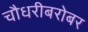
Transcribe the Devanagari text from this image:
चौधरीबरोबर